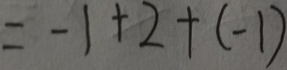
= - 1 + 2 + ( - 1 )